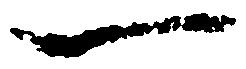
一